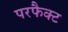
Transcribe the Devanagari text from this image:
परफैक्ट